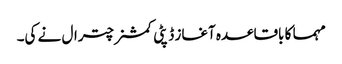
مہما کا باقاعدہ آغاز ڈپٹی کمشنر چترال نے کی۔